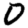
Digit: 0